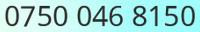
0750 046 8150